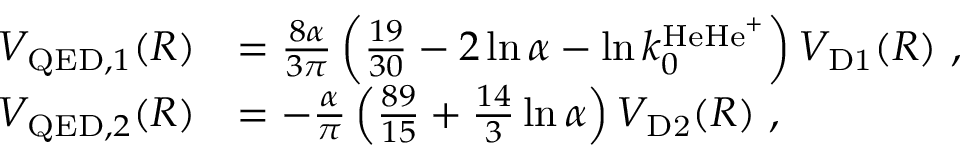
\begin{array} { r l } { V _ { \mathrm { Q E D } , 1 } ( R ) } & { = \frac { 8 \alpha } { 3 \pi } \left( \frac { 1 9 } { 3 0 } - 2 \ln \alpha - \ln k _ { 0 } ^ { \mathrm { H e H e } ^ { + } } \right) V _ { \mathrm { D 1 } } ( R ) \ , } \\ { V _ { \mathrm { Q E D } , 2 } ( R ) } & { = - \frac { \alpha } { \pi } \left( \frac { 8 9 } { 1 5 } + \frac { 1 4 } { 3 } \ln \alpha \right) V _ { \mathrm { D 2 } } ( R ) \ , } \end{array}